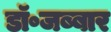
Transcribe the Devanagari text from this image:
डॉ॰जब्बार